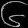
Digit: ၆